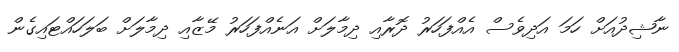
ނާޝިދުއަށް ހަމަ އަދިވެސް އެއްފަހަރު ދޮރާއި ދިމާލަށް އަނެއްފަހަރު މޭޒާއި ދިމާލަށް ބަލަހައްޓައިގެން